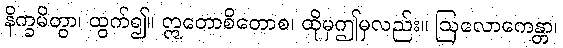
နိက္ခမိတွာ၊ ထွက်၍။ ဣတောစိတောစ၊ ထိုမှဤမှလည်း။ ဩလောကေန္တာ၊